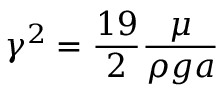
\gamma ^ { 2 } = \frac { 1 9 } { 2 } \frac { \mu } { \rho g a }